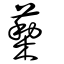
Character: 蔾